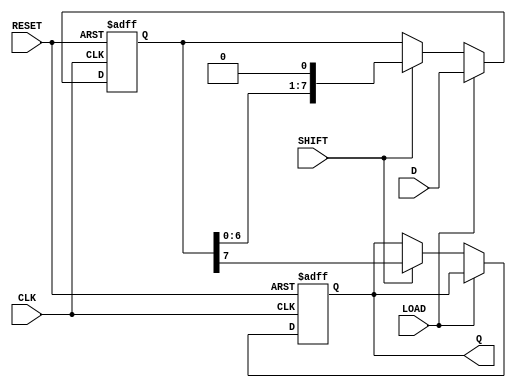
module dynamic_piso_register #(
    parameter WIDTH = 8  // Width of the register (number of parallel input lines)
)(
    input wire [WIDTH-1:0] D,  // Parallel data input
    input wire LOAD,            // Load control signal
    input wire SHIFT,           // Shift control signal
    input wire CLK,             // Clock signal
    input wire RESET,           // Reset signal
    output reg Q               // Serial output
);

    reg [WIDTH-1:0] shift_reg;  // Shift register to hold the data

    always @(posedge CLK or posedge RESET) begin
        if (RESET) begin
            // Reset the shift register to zero
            shift_reg <= {WIDTH{1'b0}};
            Q <= 1'b0; // Reset serial output
        end else if (LOAD) begin
            // Load data into the shift register
            shift_reg <= D;
        end else if (SHIFT) begin
            // Shift data out serially
            Q <= shift_reg[WIDTH-1]; // Output the MSB
            shift_reg <= {shift_reg[WIDTH-2:0], 1'b0}; // Shift left
        end
    end

endmodule